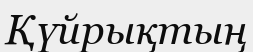
Қүйрықтың